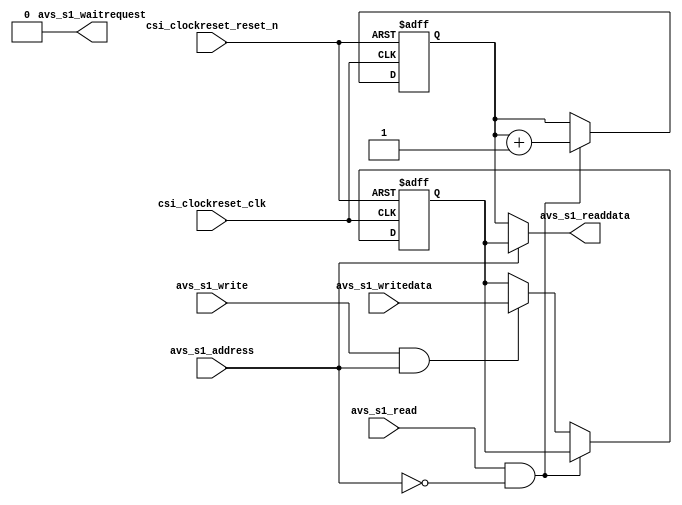
// synthesis translate_off
`timescale 1ns / 1ps
// synthesis translate_on

module omp_core (

                 // inputs:
                  avs_s1_address,
                 // chipselect,
                  csi_clockreset_clk,
				  csi_clockreset_reset_n,
                  avs_s1_writedata,
                  avs_s1_read,
                  avs_s1_write,

                 // outputs:
				  avs_s1_waitrequest,
                  avs_s1_readdata
               );

	input  [ 31: 0] avs_s1_writedata;
//	input  [ 15: 0] avs_s1_writedata;
	input            avs_s1_address;
	input            csi_clockreset_clk;
	output   [ 31: 0] avs_s1_readdata;
//	output   [ 15: 0] avs_s1_readdata;
	input            avs_s1_read;
	input            csi_clockreset_reset_n;
	input            avs_s1_write;
	output  		   avs_s1_waitrequest;

	//we hard-code this for now to indicate the total number of threads in system
//	parameter num_threads = 128'd2;
//	parameter num_threads = 16'd2;

	reg [31:0] thread_ID;
//	reg [15:0] thread_ID;
//	reg [15:0] num_threads;
	reg [31:0] num_threads;

	wire reset_n;
	wire clk;
	wire read;
	wire write;


	assign reset_n = csi_clockreset_reset_n;
	assign clk = csi_clockreset_clk;
	assign read = avs_s1_read;
	assign write = avs_s1_write;
	//assign accel_id = avs_s1_writedata;
	assign avs_s1_waitrequest = 1'b0;
	always @(posedge clk or negedge reset_n)
	begin
		if (reset_n == 0)
		begin
		  thread_ID <= 0;
		  num_threads <= 0;
		end
		//when getting the thread number for each thread
		else if (read & !avs_s1_address)
		begin
		  thread_ID <= thread_ID+1;
		end	
		//when setting the number of omp threads
		else if (write & avs_s1_address)
		begin
		  num_threads <= avs_s1_writedata;
		end
	end



  assign avs_s1_readdata = (avs_s1_address)? num_threads : thread_ID;

endmodule